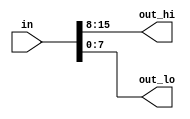
module top_module( 
    input wire [15:0] in,
    output wire [7:0] out_hi,
    output wire [7:0] out_lo );

    assign out_hi=in[15:8]; // MSB bits
    assign out_lo=in[ 7:0]; // LSB bits 
endmodule